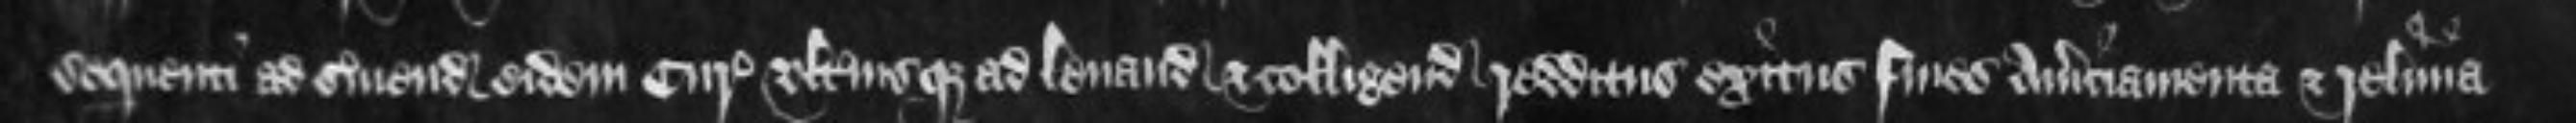
sequenti ad serviendum eidem Curie ulteriusque ad levandum et colligendum redditus exitus fines amerciamenta et relevia